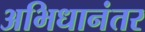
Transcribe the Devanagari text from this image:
अभिधानंतर